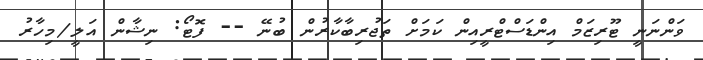
ވަންނަނީ ޓޫރިޒަމް އިންޑަސްޓްރީއިން ކަމަށް ތަޖުރިބާކާރުން ބުނޭ -- ފޮޓޯ: ނިޝާން އަލީ/މިހާރު